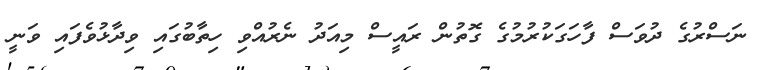
ނަސްރުގެ ދުވަސް ފާހަގަކުރުމުގެ ގޮތުން ރައީސް މިއަދު ނެރުއްވި ހިތާބުގައި ވިދާޅުވެފައި ވަނީ